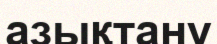
азықтану